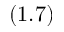
( 1 . 7 )